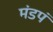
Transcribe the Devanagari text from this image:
मंडपं